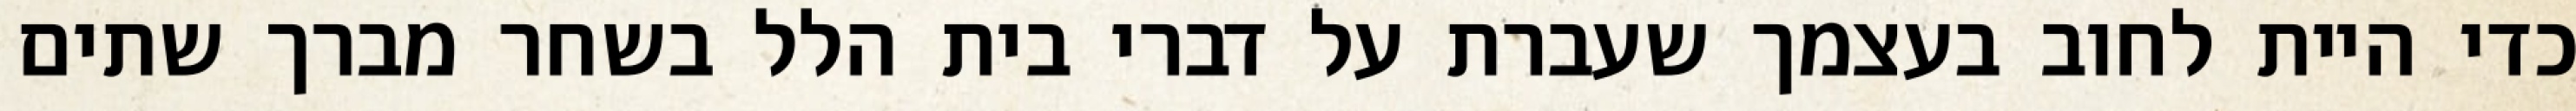
כדי היית לחוב בעצמך שעברת על דברי בית הלל בשחר מברך שתים